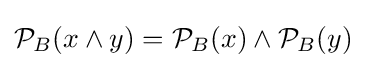
{\mathcal {P}}_{B}(x\wedge y)={\mathcal {P}}_{B}(x)\wedge {\mathcal {P}}_{B}(y)